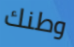
وطنك